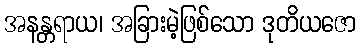
အနန္တရာယ၊ အခြားမဲ့ဖြစ်သော ဒုတိယဇော